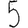
Digit: 5